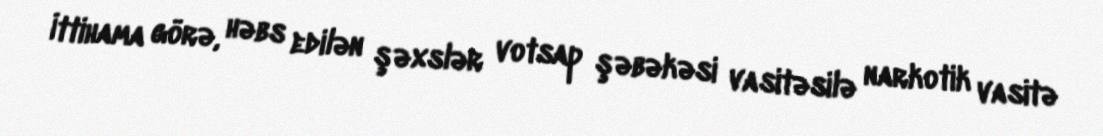
İttihama görə, həbs edilən şəxslər votsap şəbəkəsi vasitəsilə narkotik vasitə